Rangoon Lunatic Asylum 1878-1892 - 1878-1892
Year: 1878
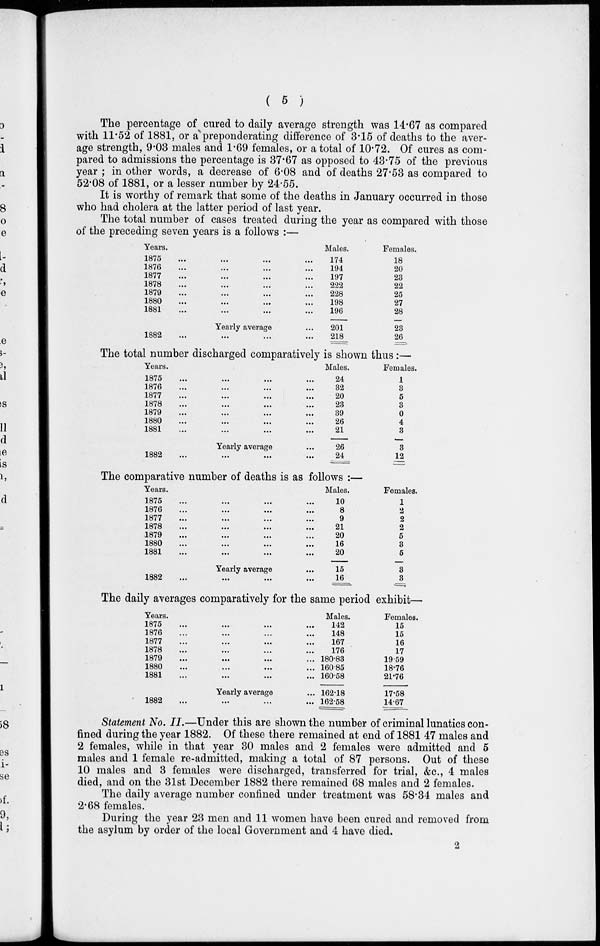
( 5 )
The percentage of cured to daily average strength was 14.67 as compared
with 11.52 of 1881, or a preponderating difference of 3.15 of deaths to the aver-
age strength, 9.03 males and 1.69 females, or a total of 10.72. Of cures as com-
pared to admissions the percentage is 37.67 as opposed to 43.75 of the previous
year ; in other words, a decrease of 6.08 and of deaths 27.53 as compared to
52.08 of 1881, or a lesser number by 24.55.
It is worthy of remark that some of the deaths in January occurred in those
who had cholera at the latter period of last year.
The total number of cases treated during the year as compared with those
of the preceding seven years is a follows :—
Years.
1875
...
...
...
...
1876
...
...
...
...
1877
...
...
...
...
1878
...
...
...
...
1879
...
...
...
...
1880
...
...
...
...
1881
...
...
...
...
Yearly average ...
1882
...
...
...
...
Males.
174
194
197
222
228
198
196
201
218
Females.
18
20
23
22
25
27
28
23
26
The total number discharged comparatively is shown thus :—
Years.
1875 ... ... ... ...
1876
...
...
...
...
1877
...
...
...
...
1878
...
...
...
...
1879
...
...
...
...
1880
...
...
...
...
1881
...
...
...
...
Yearly average ...
1882
...
...
...
...
Males.
24
32
20
23
39
26
21
26
24
Females.
1
3
5
3
0
4
3
3
11
The comparative number of deaths is as follows :—
Years.
1875
...
...
...
...
1876
...
...
...
...
1817
...
...
...
...
1878
...
...
...
...
1879
...
...
...
...
1880
...
...
...
...
1881
...
...
...
...
Yearly average ...
1882
Males.
10
8
9
21
20
16
20
15
16
Females.
1
2
2
2
5
3
5
3
3
The daily averages comparatively for the same period exhibit—
Years.
1875 ... ... ... ...
1876 ... ... ... ...
1877 ... ... ... ...
1878 ... ... ... ...
1879
...
...
...
...
1880 ... ... ... ...
1881
...
...
...
...
Yearly average ...
1882
...
...
...
...
Males.
142
148
167
176
180.83
160.85
160.58
162.18
162.58
Females.
15
15
16
17
19.59
18.76
21.76
17.58
14.67
Statement No. II.—Under this are shown the number of criminal lunatics con-
fined during the year 1882. Of these there remained at end of 1881 47 males and
2 females, while in that year 30 males and 2 females were admitted and 5
males and 1 female re-admitted, making a total of 87 persons. Out of these
10 males and 3 females were discharged, transferred for trial, &c, 4 males
died, and on the 31st December 1882 there remained 68 males and 2 females.
The daily average number confined under treatment was 58.34 males and
2.68 females.
During the year 23 men and 11 women have been cured and removed from
the asylum by order of the local Government and 4 have died.
2